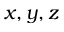
x , y , z